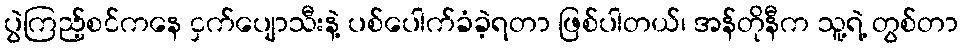
ပွဲကြည့်စင်ကနေ ငှက်ပျောသီးနဲ့ ပစ်ပေါက်ခံခဲ့ရတာ ဖြစ်ပါတယ်၊ အန်တိုနီက သူ့ရဲ့ တွစ်တာ